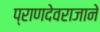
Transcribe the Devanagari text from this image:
प्राणदेवराजाने